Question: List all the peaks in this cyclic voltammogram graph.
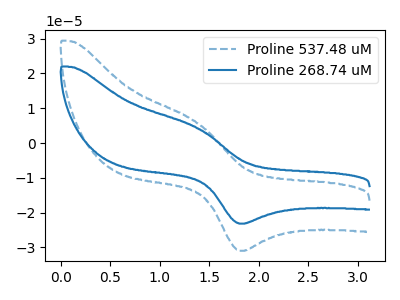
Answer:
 <answer>The blue dashed curve "Proline 537.48 uM" has an anodic peak at (1.35V, 6.00uA) and a cathodic peak at (1.85V, -30.95uA). The blue curve "Proline 268.74 uM" has an anodic peak at (1.35V, 4.50uA) and a cathodic peak at (1.85V, -23.15uA).</answer>
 <eval></eval>